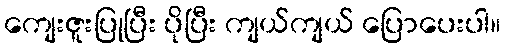
ကျေးဇူးပြုပြီး ပိုပြီး ကျယ်ကျယ် ပြောပေးပါ။